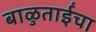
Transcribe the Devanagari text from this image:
बाळुताईंचा